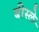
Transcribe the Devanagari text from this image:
बीस्ले